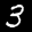
Label: 3